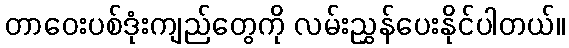
တာဝေးပစ်ဒုံးကျည်တွေကို လမ်းညွှန်ပေးနိုင်ပါတယ်။